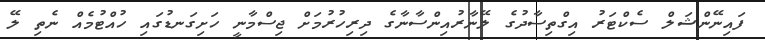
ފައިނޭންޝަލް ސެކްޓަރު އިގްތިސާދުގެ ލޭނާރުއިންސާނާގެ ދިރިހުރުމަށް ޖިސްމާނީ ހަށިގަނޑުގައި ހުއްޓުމެއް ނެތި ލޭ